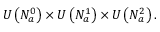
U \left( N _ { a } ^ { 0 } \right) \times U \left( N _ { a } ^ { 1 } \right) \times U \left( N _ { a } ^ { 2 } \right) .